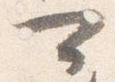
可